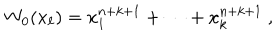
W _ { 0 } ( x _ { \ell } ) = x _ { 1 } ^ { n + k + 1 } + \cdots + x _ { k } ^ { n + k + 1 } ~ ,